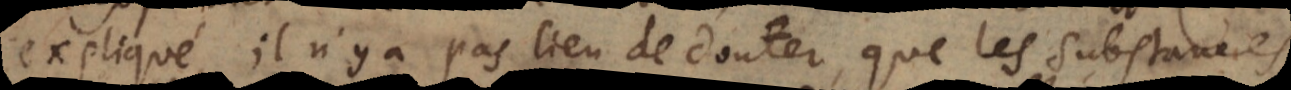
expliqué, il n’y a pas lieu de douter, que les substances